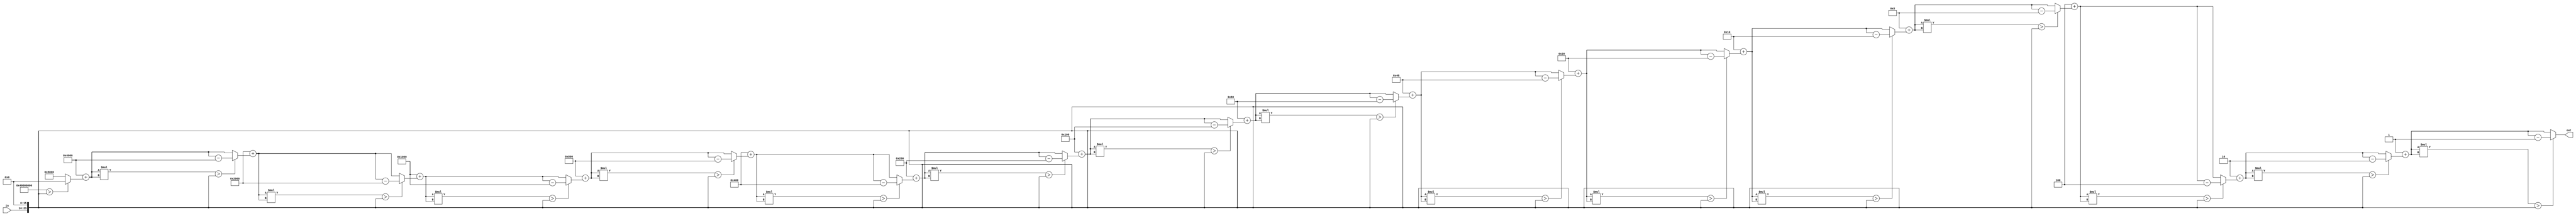
`timescale 1ns / 1ps
//////////////////////////////////////////////////////////////////////////////////
// Company: 
// Engineer: 
// 
// Design Name: 
// Module Name:    square_root 
// Project Name: 
// Target Devices: 
// Tool versions: 
// Description: 
//
// Dependencies: 
//
// Revision: 
// Revision 0.01 - File Created
// Additional Comments: 
//
//////////////////////////////////////////////////////////////////////////////////
module square_root( 
	 output [15:0] out,
    input  [7:0] in );
	 
	 reg [15:0] i;
	 reg [15:0] calculated_out;
	 reg [15:0] base_number;
	 reg [31:0] out_prod;
	 reg [31:0] calculated_input;
	 
	 always @(*) begin
       base_number[15] = 1;
		 base_number[14:0] = 0;
       calculated_out = 0 ;
		 calculated_input=in<<16;
       for (i = 1; i <= 16; i = i+1) begin
       calculated_out  =  base_number + calculated_out;
		 out_prod = calculated_out * calculated_out;
        if  (out_prod > calculated_input ) begin
        calculated_out = calculated_out - base_number ;  // base should not have been added, so we substract again
        end
		  // calculated_out = (out_prod > calculated_input ) ? (calculated_out - base_number) : 0;
         base_number= base_number >> 1 ;      // shift 1 digit to the right = divide by 
         end
	 end

assign out=calculated_out;

endmodule